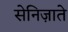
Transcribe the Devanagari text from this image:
सेनिज़ाते